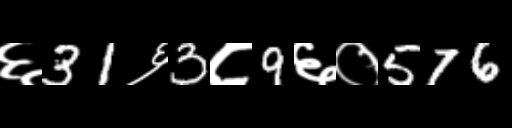
Text: ६31६3८9६०576